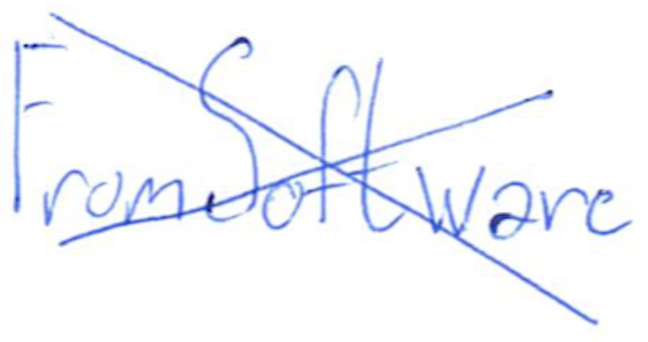
Text: FromSoftware
Cross-out: cross
Writing tool: ballpoint